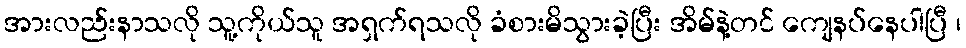
အားလည်းနာသလို သူ့ကိုယ်သူ အရှက်ရသလို ခံစားမိသွားခဲ့ပြီး အိမ်နဲ့တင် ကျေနပ်နေပါပြီ ၊